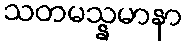
သတမသ္နမာနာ